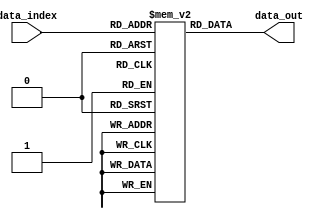
// Module for Storing Data

module data(data_index, data_out);

reg [7:0] data[0:10];

input [3:0] data_index;

output wire [7:0] data_out;

initial
	begin
		// To be initialised by the TA
		data[0] = 8'b10000000;
		data[1] = 8'b01111111;
		data[2] = 8'b10000000;
		data[3] = 8'b01111111;
		data[4] = 8'b00000001;
		data[5] = 8'b00000001;
		data[6] = 8'b00000001;
		data[7] = 8'b00000001;
		data[8] = 8'b00000001;
		data[9] = 8'b00000001;
		data[10] = 8'b00001100;
	end

	assign data_out = data[data_index];
	

endmodule